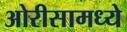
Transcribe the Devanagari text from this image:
ओरीसामध्ये